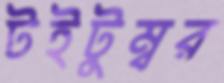
টইটুম্বর